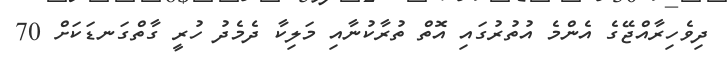
ދިވެހިރާއްޖޭގެ އެންމެ އުތުރުގައި އޮތް ތުރާކުނާއި މަލިކާ ދެމެދު ހުރީ ގާތްގަނޑަކަށް 70